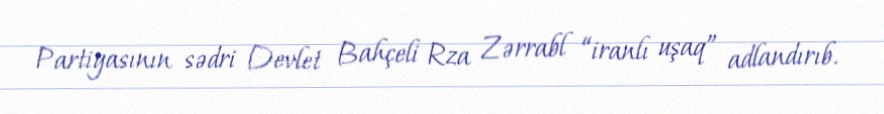
Partiyasının sədri Devlet Bahçeli Rza Zərrabl “iranlı uşaq” adlandırıb.